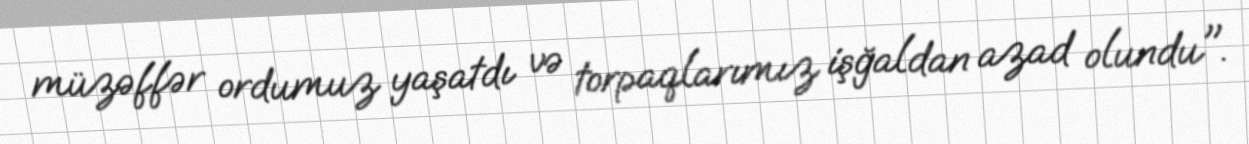
müzəffər ordumuz yaşatdı və torpaqlarımız işğaldan azad olundu".